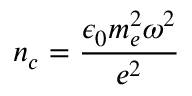
n _ { c } = \frac { \epsilon _ { 0 } m _ { e } ^ { 2 } \omega ^ { 2 } } { e ^ { 2 } }